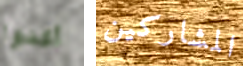
أكدوا المشاركين